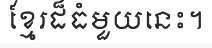
ខ្មែរដ៏ធំមួយនេះ។